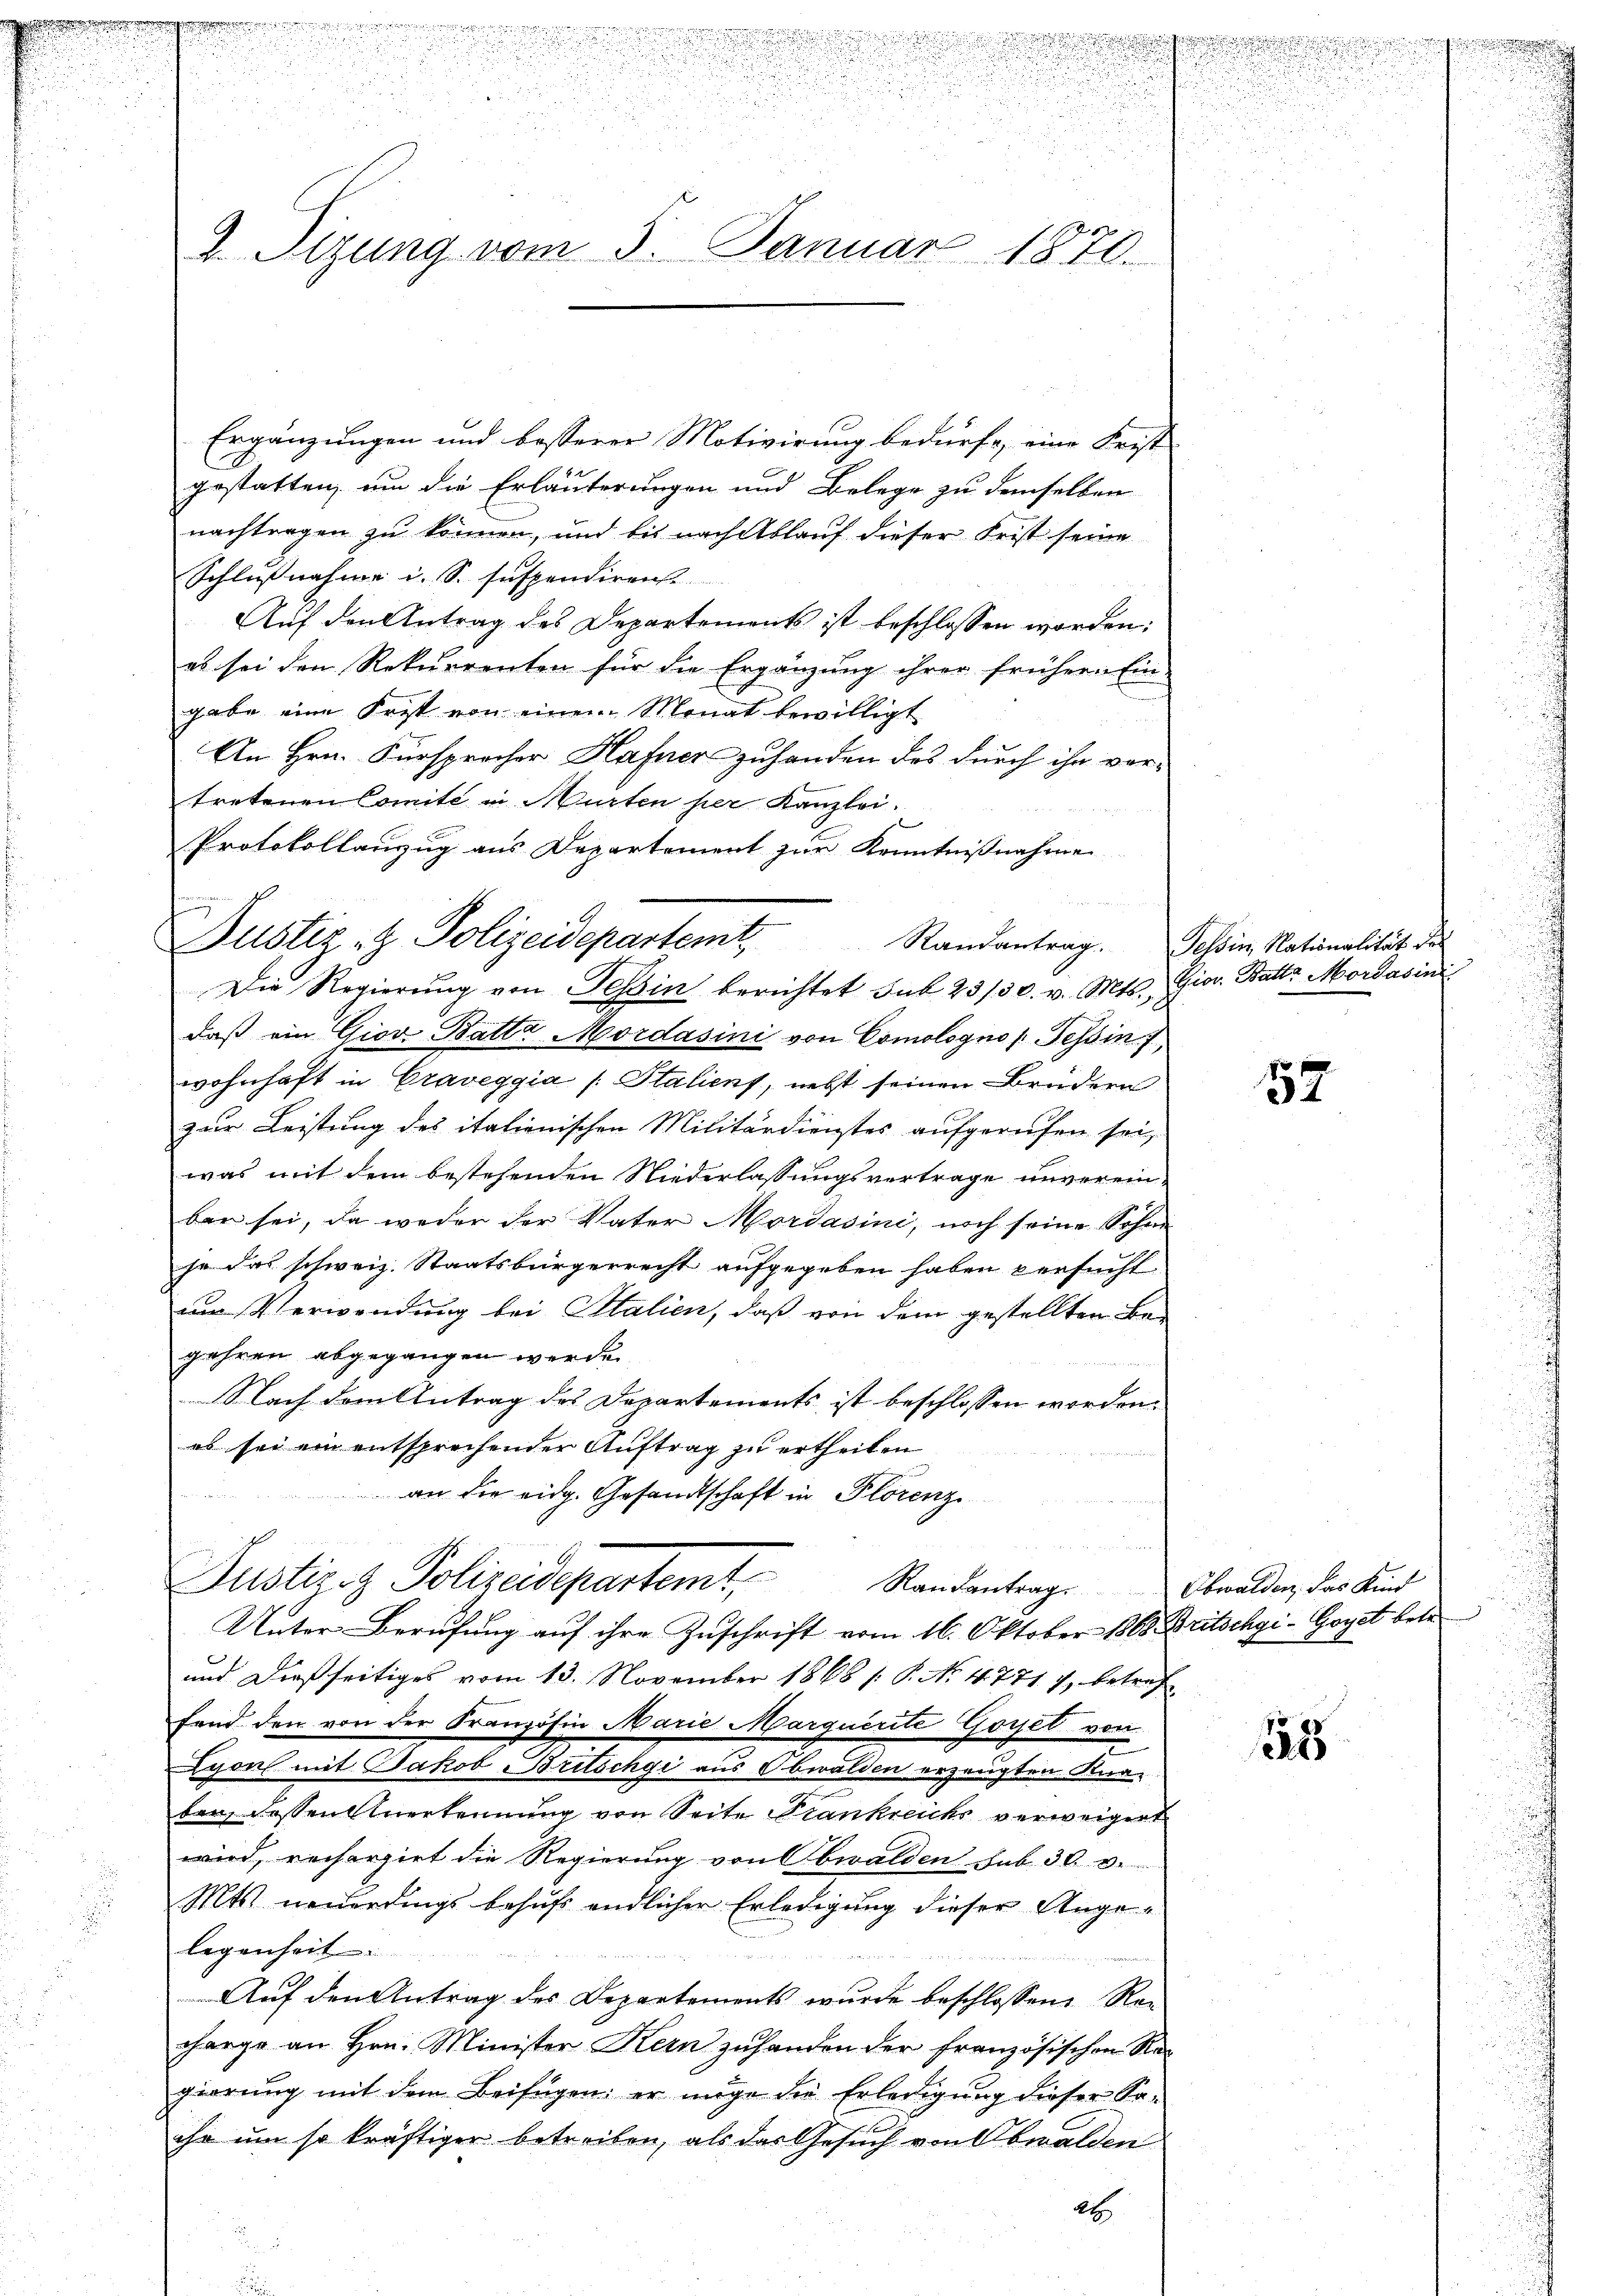
u

2. Tizung vom 5. Januar 1870.

Ergänzungen und besserer Motivirung bedürfe, eine Frist
gestatten, um die Erläuterungen und Belege zu demselben
nachtragen zu können, und bis nach Ablauf dieser Frist seine
Schlußnahme i. S. suspendiren.
Auf den Antrag des Departements ist beschlossen worden:
es sei den Rekurrenten für die Ergänzung ihrer frühern Ein
gabe eine Frist von einem Monat bewilligt
An Hrn. Fürsprocher Hafner zuhanden des durch ihn vortretenen Comité in Murten per Kanzlei.
Protokollanzug aus Departement zur Kenntnißnahme
daß ein Giov Batta Mordasini von Comologno (Tessin
wohnhaft in Craveggia /: Staliens, nebst seinen Brudern
zur Leistung des italienischen Militärdienstes aufgerufen sei,
was mit dem bestehenden Niederlassungsvertrage unvereinbar sei, da weder der Vater Mordasini, noch seine Sohne
se das schweiz. Staatsbürgerrecht aufgegeben haben versucht
am Verwendung bei Stalien, daß von dem gestellten Begehren abgegangen werden,
Nach dem Antrag des Departements ist beschlossen worden.
es sei ein entsprechender Auftrag zu ertheilen
an die eidg. Gesandtschaft in Florenz
Justiz- & Polizeidepartemt, Randantrag Obwalden, der Kind
Unter-Berufung auf ihre Zuschrift vom 16. Oktober 1868. Britschgi-Goyet betr
und dießseitiges vom 13. November 1868 /: P. No. 4771 7, betref
fand den von der Französin Marie Marquerité Goyet von
Lyon mit Jakob Britschgi aus Obwalden erzeugten Kurben, dessen Anerkennung von Seite Frankreichs verweigert
wird, rechargirt die Regierung von Obwalden sub. 30. v.
Mts neuerdings behufs endlicher Erledigung dieser Angelegenheit
Auf den Antrag des Departements wurde beschlossene Rec
change an Hrn. Minister Kern zuhanden der französischen Regierŭng mit dem Beifügen; er möge die Erledigŭng dieser Sa-
ihr um so kräftiger betreiben, als das Gesuch von Obwalden
2

Justiz- & Polizeidepartemt,
Die Regierŭng von Tessin berichtet sub 23/30. v. Mts. Gior. Batte Mordasini

.

Randantrag. Tessin, Nationalität des

52

28

u